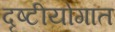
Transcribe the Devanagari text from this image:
दृष्टीयोगात